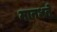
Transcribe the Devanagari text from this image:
मानधने